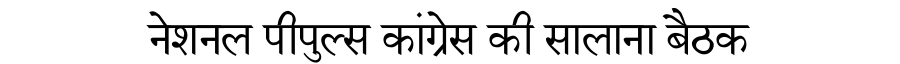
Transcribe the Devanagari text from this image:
नेशनल पीपुल्स कांग्रेस की सालाना बैठक